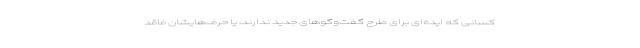
کسانی که ایده‌ای برای طرح گفت‌و‌گوهای جدید ندارند، یا حرف‌هایشان فاقد